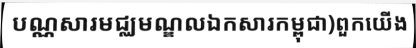
បណ្ណសារមជ្ឈមណ្ឌលឯកសារកម្ពុជា)ពួកយើង